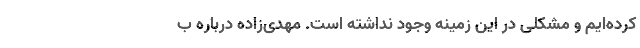
کرده‌ایم و مشکلی در این زمینه وجود نداشته است. مهدی‌زاده درباره ب